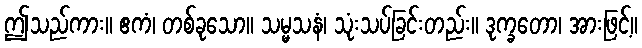
ဤသည်ကား။ ဧကံ၊ တစ်ခုသော။ သမ္မသနံ၊ သုံးသပ်ခြင်းတည်း။ ဒုက္ခတော၊ အားဖြင့်။